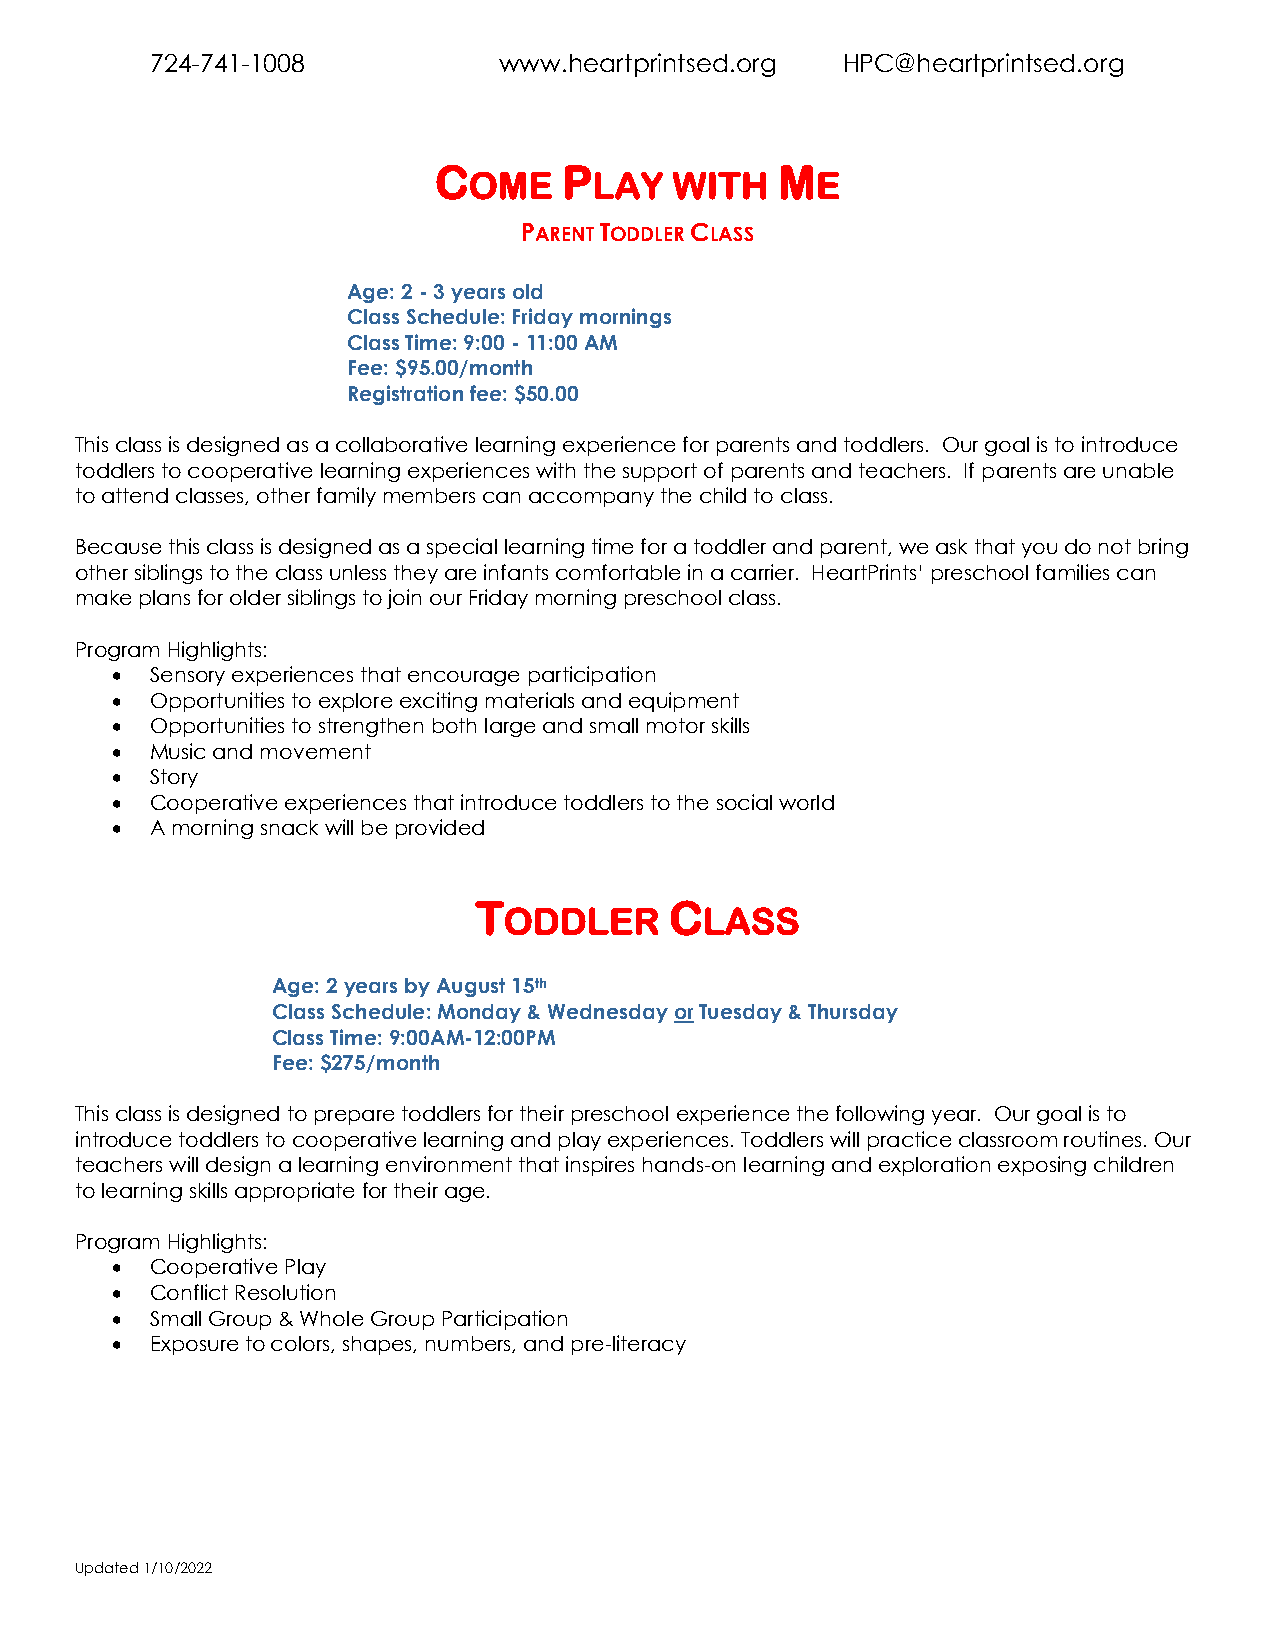
724-741-1008           www.heartprintsed.org  HPC@heartprintsed.org
 C       P              M
 OME     LAY   WITH     E
 PARENT TODDLER CLASS
 Age: 2 - 3 years old
 Class Schedule: Friday mornings
 Class Time: 9:00 - 11:00 AM
 Fee: $95.00/month
 Registration fee: $50.00
 This class is designed as a collaborative learning experience for parents and toddlers. Our goal is to introduce
 toddlers to cooperative learning experiences with the support of parents and teachers. If parents are unable
 to attend classes, other family members can accompany the child to class.
 Because this class is designed as a special learning time for a toddler and parent, we ask that you do not bring
 other siblings to the class unless they are infants comfortable in a carrier. HeartPrints’ preschool families can
 make plans for older siblings to join our Friday morning preschool class.
 Program Highlights:
 •  Sensory experiences that encourage participation
 •  Opportunities to explore exciting materials and equipment
 •  Opportunities to strengthen both large and small motor skills
 •  Music and movement
 •  Story
 •  Cooperative experiences that introduce toddlers to the social world
 •  A morning snack will be provided
 T            C
 ODDLER        LASS
 Age: 2 years by August 15th
 Class Schedule: Monday & Wednesday or Tuesday & Thursday
 Class Time: 9:00AM-12:00PM
 Fee: $275/month
 This class is designed to prepare toddlers for their preschool experience the following year. Our goal is to
 introduce toddlers to cooperative learning and play experiences. Toddlers will practice classroom routines. Our
 teachers will design a learning environment that inspires hands-on learning and exploration exposing children
 to learning skills appropriate for their age.
 Program Highlights:
 •  Cooperative Play
 •  Conflict Resolution
 •  Small Group & Whole Group Participation
 •  Exposure to colors, shapes, numbers, and pre-literacy
 Updated 1/10/2022